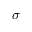
\sigma